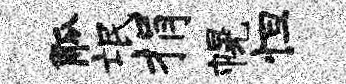
觚氓捐幌怛